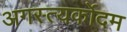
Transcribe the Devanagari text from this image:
अगस्त्यर्कोदम